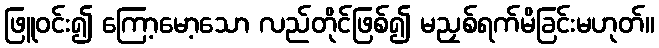
ဖြူဝင်း၍ ကြော့မော့သော လည်တိုင်ဖြစ်၍ မညှစ်ရက်မိခြင်းမဟုတ်။